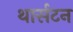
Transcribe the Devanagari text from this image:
थार्सटन